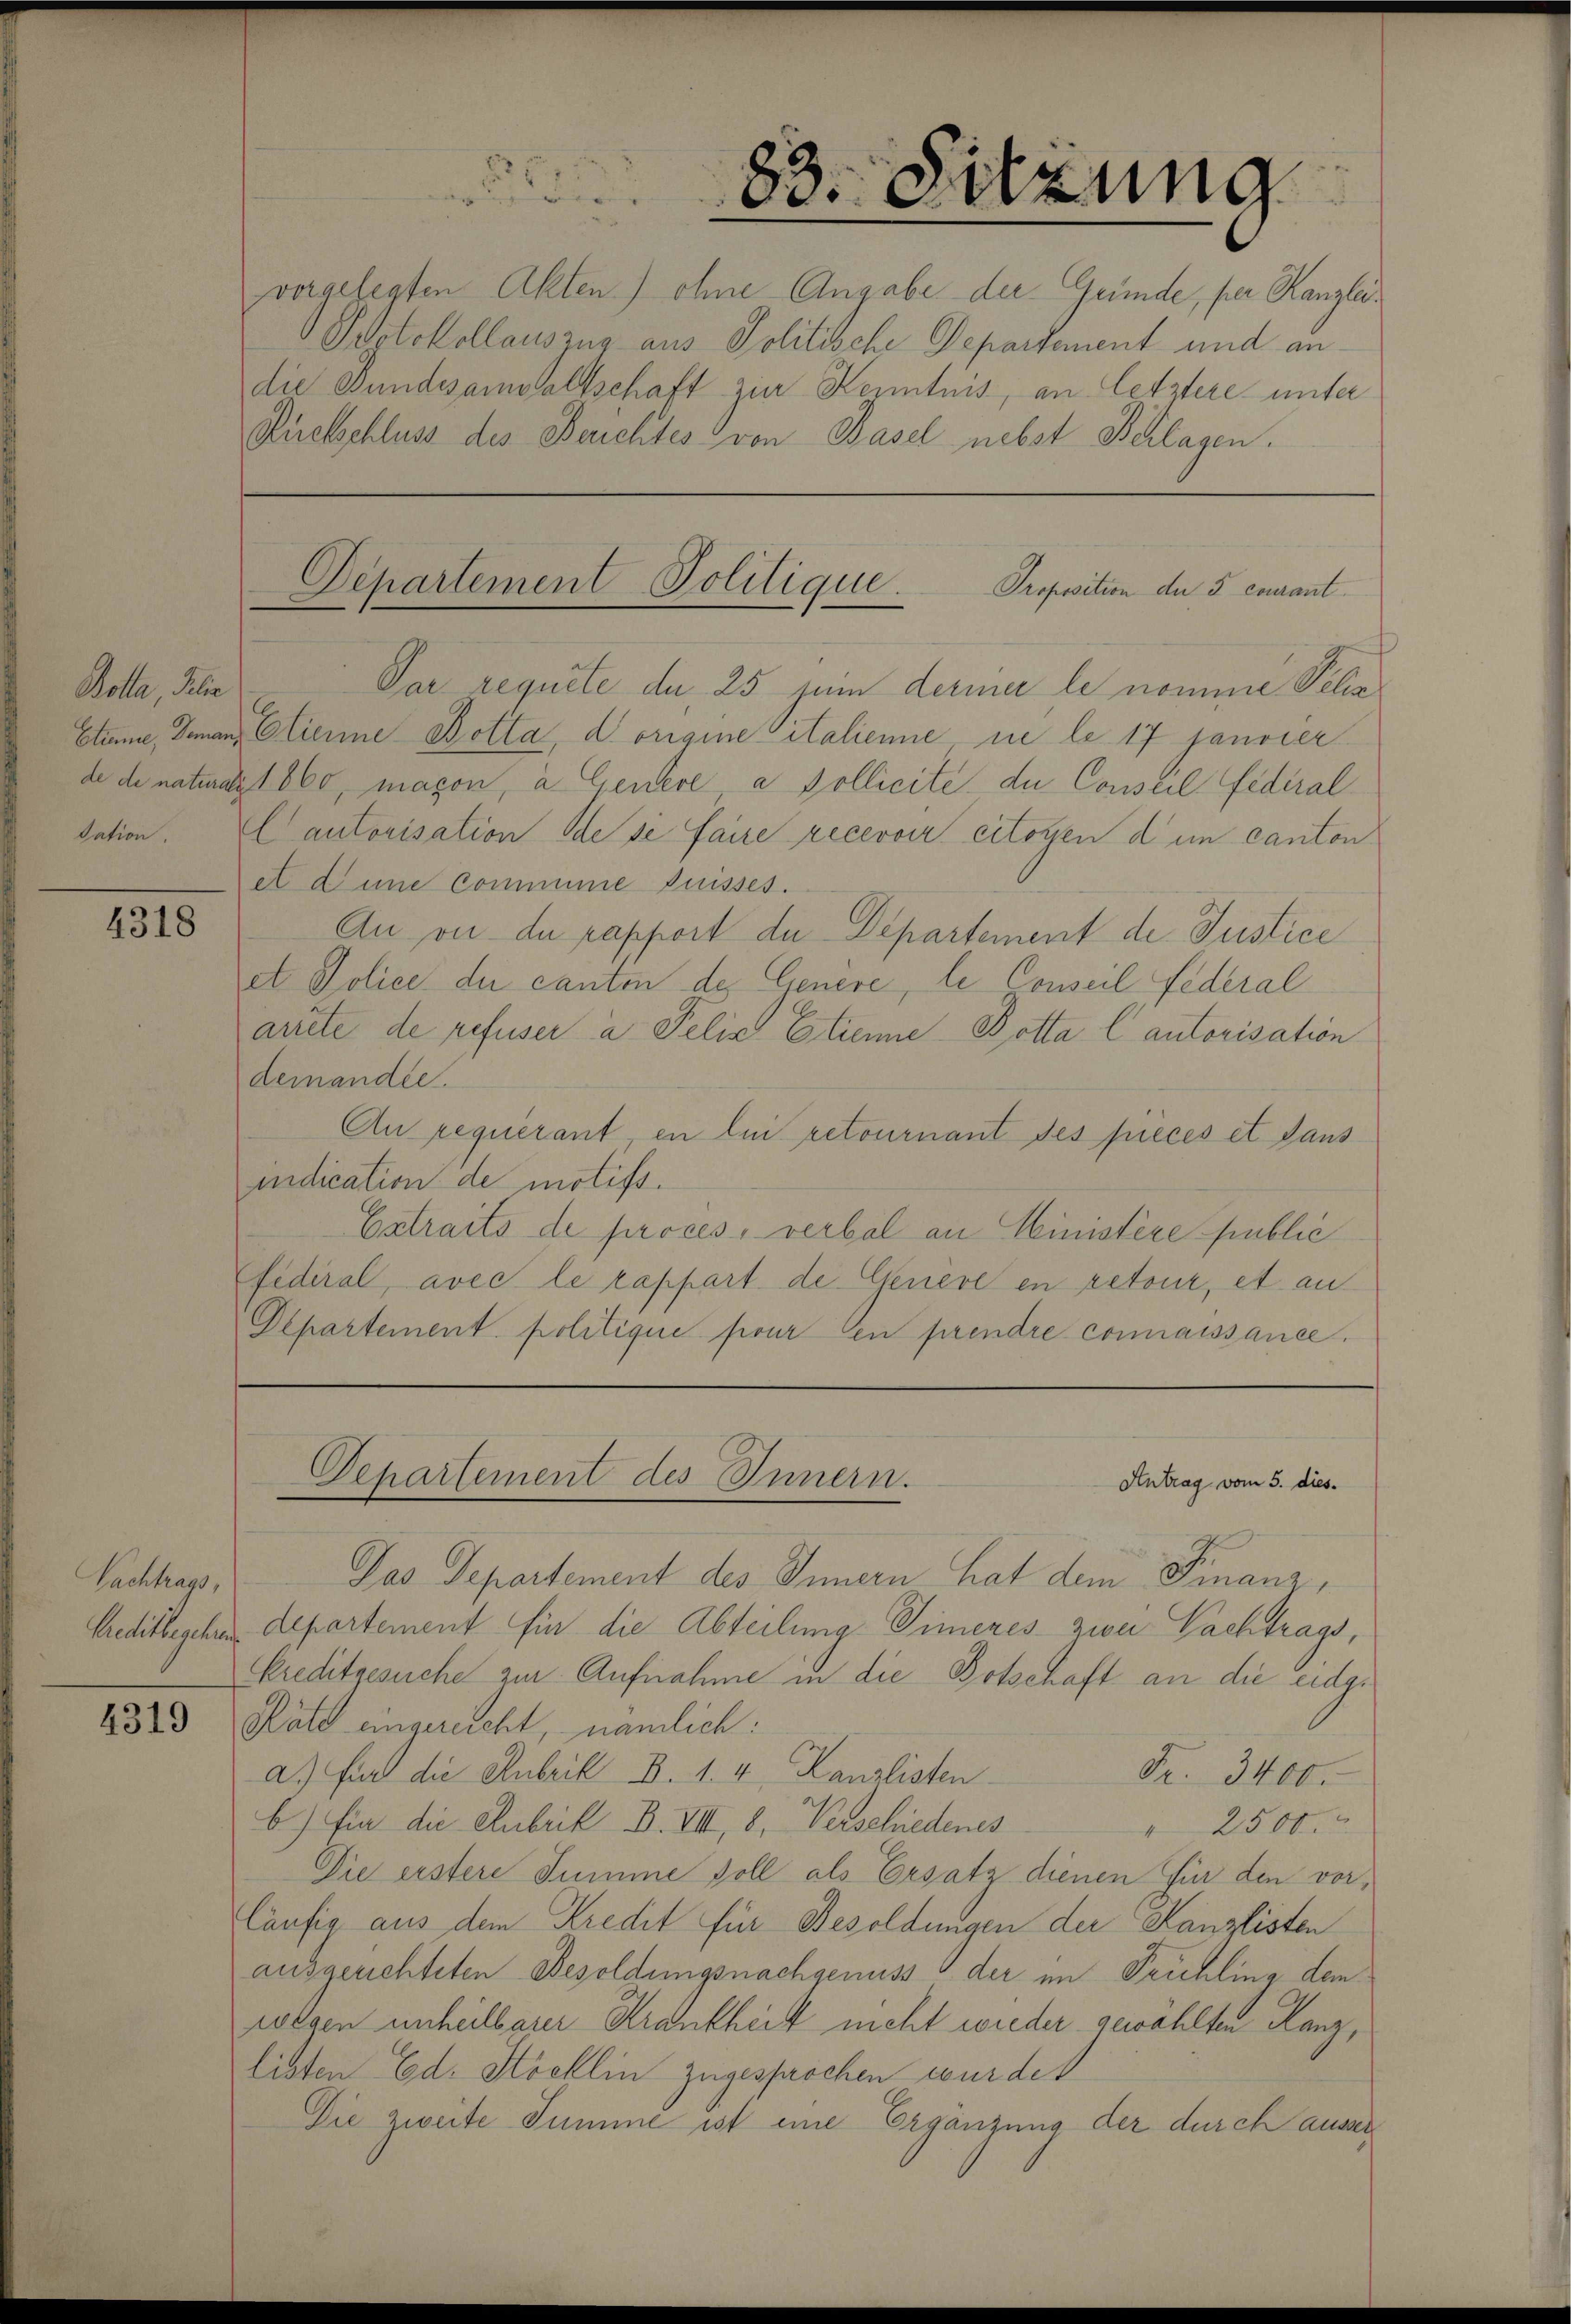
Bolla, Gelie

4318

Nachhags,

4319

vorgelegten Akten) ohne Angabe der Gründe, per Kanzlei¬
Bdotokollauszug aus Politische Departement und andie Bundesanwaltschaft zur Kenntnis, an letztere unter
Rückschluss des Berichtes von Basel nebst Beilagen.

Par requite de 25 zum dermer le nomme Pilia
Etume, demann lienne Botta, d origine italienne ne le 17 janvier
de de naturali 1860, maçon, a Genere a Pollicite du Conseil fédéral
dation. Er autorisation de se faire recevoir citoyen dum canton
et dene Commine fuisses.
An ou de rapport de Departement de Justice
et Police der canton des Genere, le Conseil Federal
artete de refuser à Felix Etienne Botta lautorisation
demandée.
An requerant, en li retournant des pieces et dans
iidication de motifs.
Extraits de proces, verbal an Ministère public
Fidiral, avec le rappart de Genève en retour, et au
Departement politique pour en prendre connaissance.

83. Sitzung

Departement Politique.
Proposition der 5 curant

Oehartement des Innern.
Antrag vom 5. dies.

Das Departement des Innern hat dem Finanz,
Creditbeschen Departement für die Abteilung Simeres zwei Pachtrags,
Kreditgesuche zur Aufnahme in die Botschaft an die eidge
Räte eingereicht, nämlich:
a) fin die Anbrill B. 1. 4, Kanzlisten
Fr. 3400.
b) Ein die Rubrik B. VIII, 8, Verschiedenes
 2500.
Die erstere Summe soll als Ersatz dienen für den vor¬
Cäufig aus dem Kredit für Besoldungen der Kanzlisten
ausgerichteten Besoldungsnachgenuss der im Frühling dem
wegen unheilbarer Krankheit nicht wieder gewählten Kanz,
listen Ed. Stocklin zugesprochen wurde
Die zweite Summe ist eine Ergänzung der durch ausser